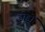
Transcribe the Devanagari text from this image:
डोडों